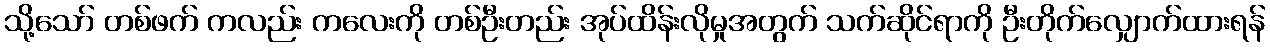
သို့သော် တစ်ဖက် ကလည်း ကလေးကို တစ်ဦးတည်း အုပ်ထိန်းလိုမှုအတွက် သက်ဆိုင်ရာကို ဦးတိုက်လျှောက်ထားရန်